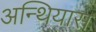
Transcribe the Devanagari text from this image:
अन्थियास